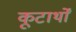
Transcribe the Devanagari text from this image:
कूटार्थों